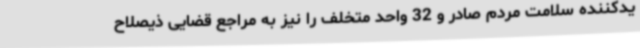
یدکننده سلامت مردم صادر و 32 واحد متخلف را نیز به مراجع قضایی ذیصلاح